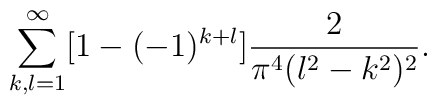
\sum_{k,l=1}^{\infty} [1-(-1)^{k+l}] \frac{2}{\pi^4 (l^2-k^2)^2}.